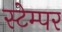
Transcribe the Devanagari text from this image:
स्टेम्पर